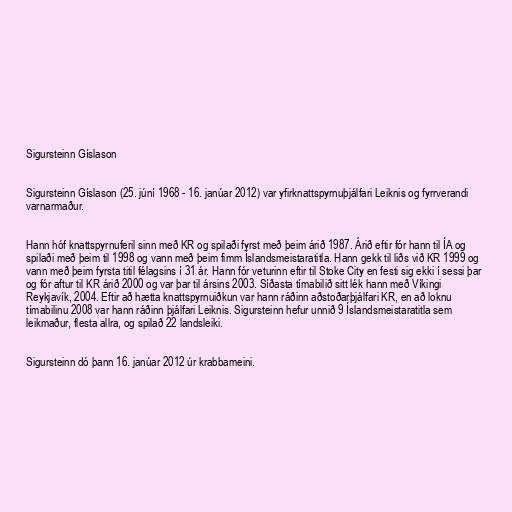
Sigursteinn Gíslason

Sigursteinn Gíslason (25. júní 1968 - 16. janúar 2012) var yfirknattspyrnuþjálfari Leiknis og fyrrverandi
varnarmaður.

Hann hóf knattspyrnuferil sinn með KR og spilaði fyrst með þeim árið 1987. Árið eftir fór hann til ÍA og
spilaði með þeim til 1998 og vann með þeim fimm Íslandsmeistaratitla. Hann gekk til liðs við KR 1999 og
vann með þeim fyrsta titil félagsins í 31 ár. Hann fór veturinn eftir til Stoke City en festi sig ekki í sessi þar
og fór aftur til KR árið 2000 og var þar til ársins 2003. Síðasta tímabilið sitt lék hann með Víkingi
Reykjavík, 2004. Eftir að hætta knattspyrnuiðkun var hann ráðinn aðstoðarþjálfari KR, en að loknu
tímabilinu 2008 var hann ráðinn þjálfari Leiknis. Sigursteinn hefur unnið 9 Íslandsmeistaratitla sem
leikmaður, flesta allra, og spilað 22 landsleiki.

Sigursteinn dó þann 16. janúar 2012 úr krabbameini.